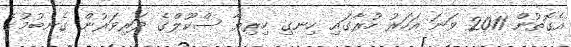
އެގޮތުން 2011 ވަނަ އަހަރު ހުރާގައި ހިނގި ހިރިޔާ ސްކޫލްގެ ދަރިވަރުން ގެނބުމުގެ